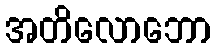
အတိလောဘော